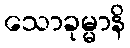
သောခုမ္မာနိ